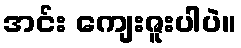
အင်း ကျေးဇူးပါပဲ။